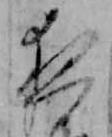
夜